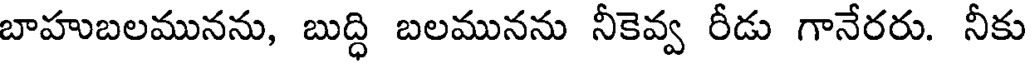
బాహుబలమునను, బుద్ధి బలమునను నీకెవ్వ రీడు గానేరరు. నీకు